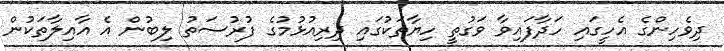
ދިވެހިންގެ އެހީގައި ހަދާފައިވާ ވަގުތީ ހިޔާތަކުގައި ދިރިއުޅުމުގެ ފުރުސަތު ލިބުން އެ އާއިލާތަކުން